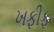
ખફીફ